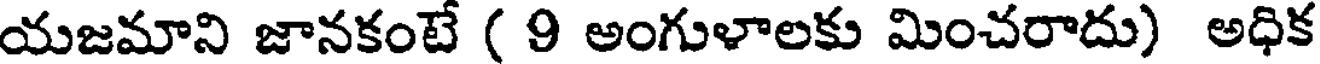
యజమాని జానకంటే ( 9 అంగుళాలకు మించరాదు) అధిక